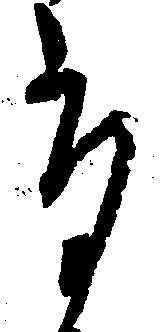
た